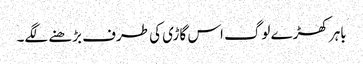
باہر کھڑے لوگ اس گاڑی کی طرف بڑھنے لگے۔